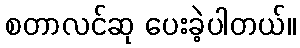
စတာလင်ဆု ပေးခဲ့ပါတယ်။